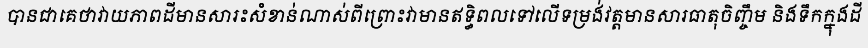
បានជាគេថាវាយភាពដីមានសារះសំខាន់ណាស់ពីព្រោះវាមានឥទ្ធិពលទៅលើទម្រង់វត្តមានសារធាតុចិញ្ចឹម និងទឹកក្នុងដី